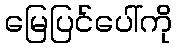
မြေပြင်ပေါ်ကို